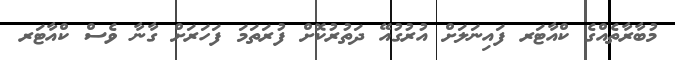
މުބާރާތެއްގެ ކްއާޓަރ ފައިނަލަށް އުރުގުއޭ ދަތުރުކޮށް ފުރަތަމަ ފަހަރަށް ގާނާ ވެސް ކްއާޓަރ